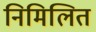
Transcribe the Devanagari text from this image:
निमिलित